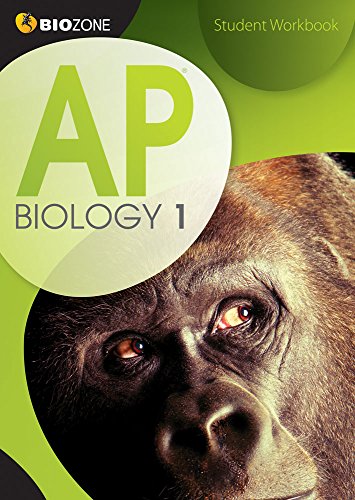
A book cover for AP Biology 1 Student Workbook; Tracey Greenwood; Children's Books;